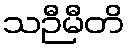
သဉီမီတိ